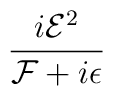
\frac{i{\mathcal{E}}^{2}}{{\mathcal{F}}+i\epsilon }